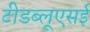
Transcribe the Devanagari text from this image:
टीडब्लूएसई